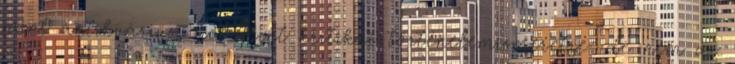
mint antikvárius, hol mint kritikai történelemismeretre: de nem az